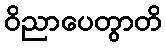
ဝိညာပေတွာတိ